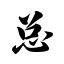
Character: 总